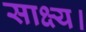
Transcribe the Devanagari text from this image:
साक्ष्य।